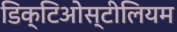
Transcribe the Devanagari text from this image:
डिक्टिओस्टीलियम